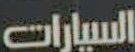
السيارات